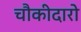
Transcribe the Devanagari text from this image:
चौकीदारो